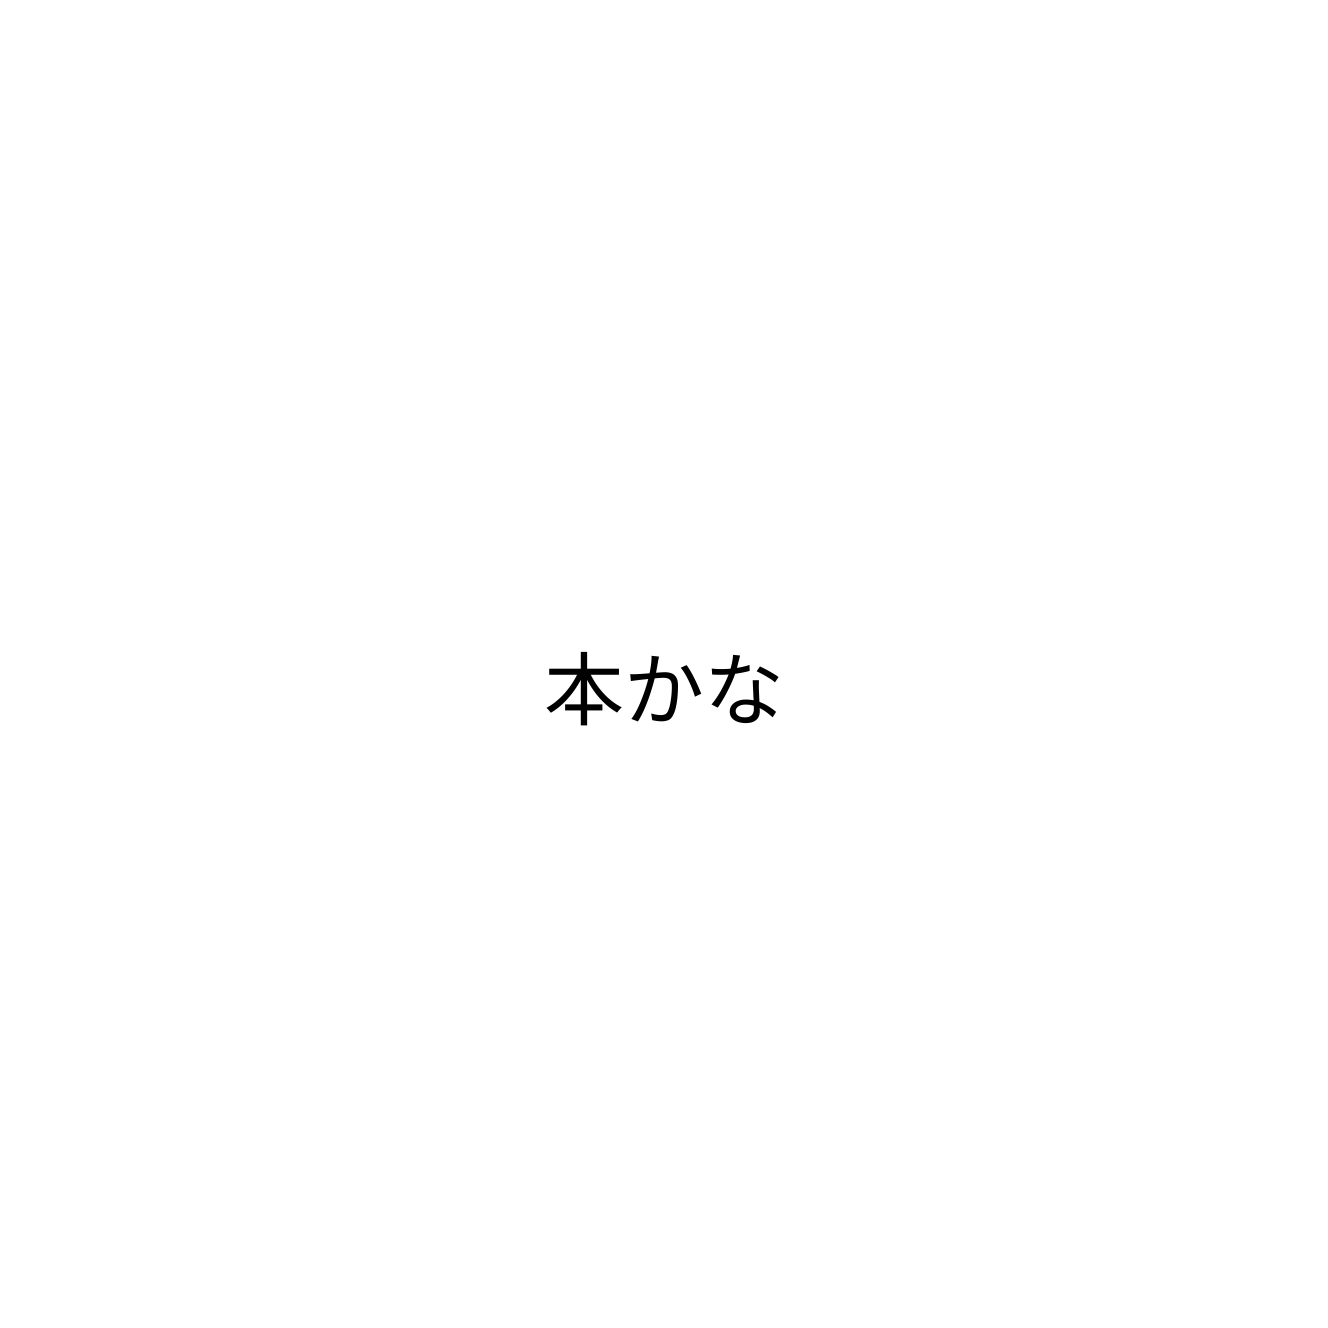
本かな